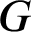
G